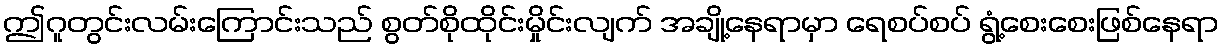
ဤဂူတွင်းလမ်းကြောင်းသည် စွတ်စိုထိုင်းမှိုင်းလျက် အချို့နေရာမှာ ရေစပ်စပ် ရွံ့စေးစေးဖြစ်နေရာ